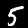
Label: 5